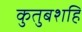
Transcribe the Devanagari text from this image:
कुतुबशहि